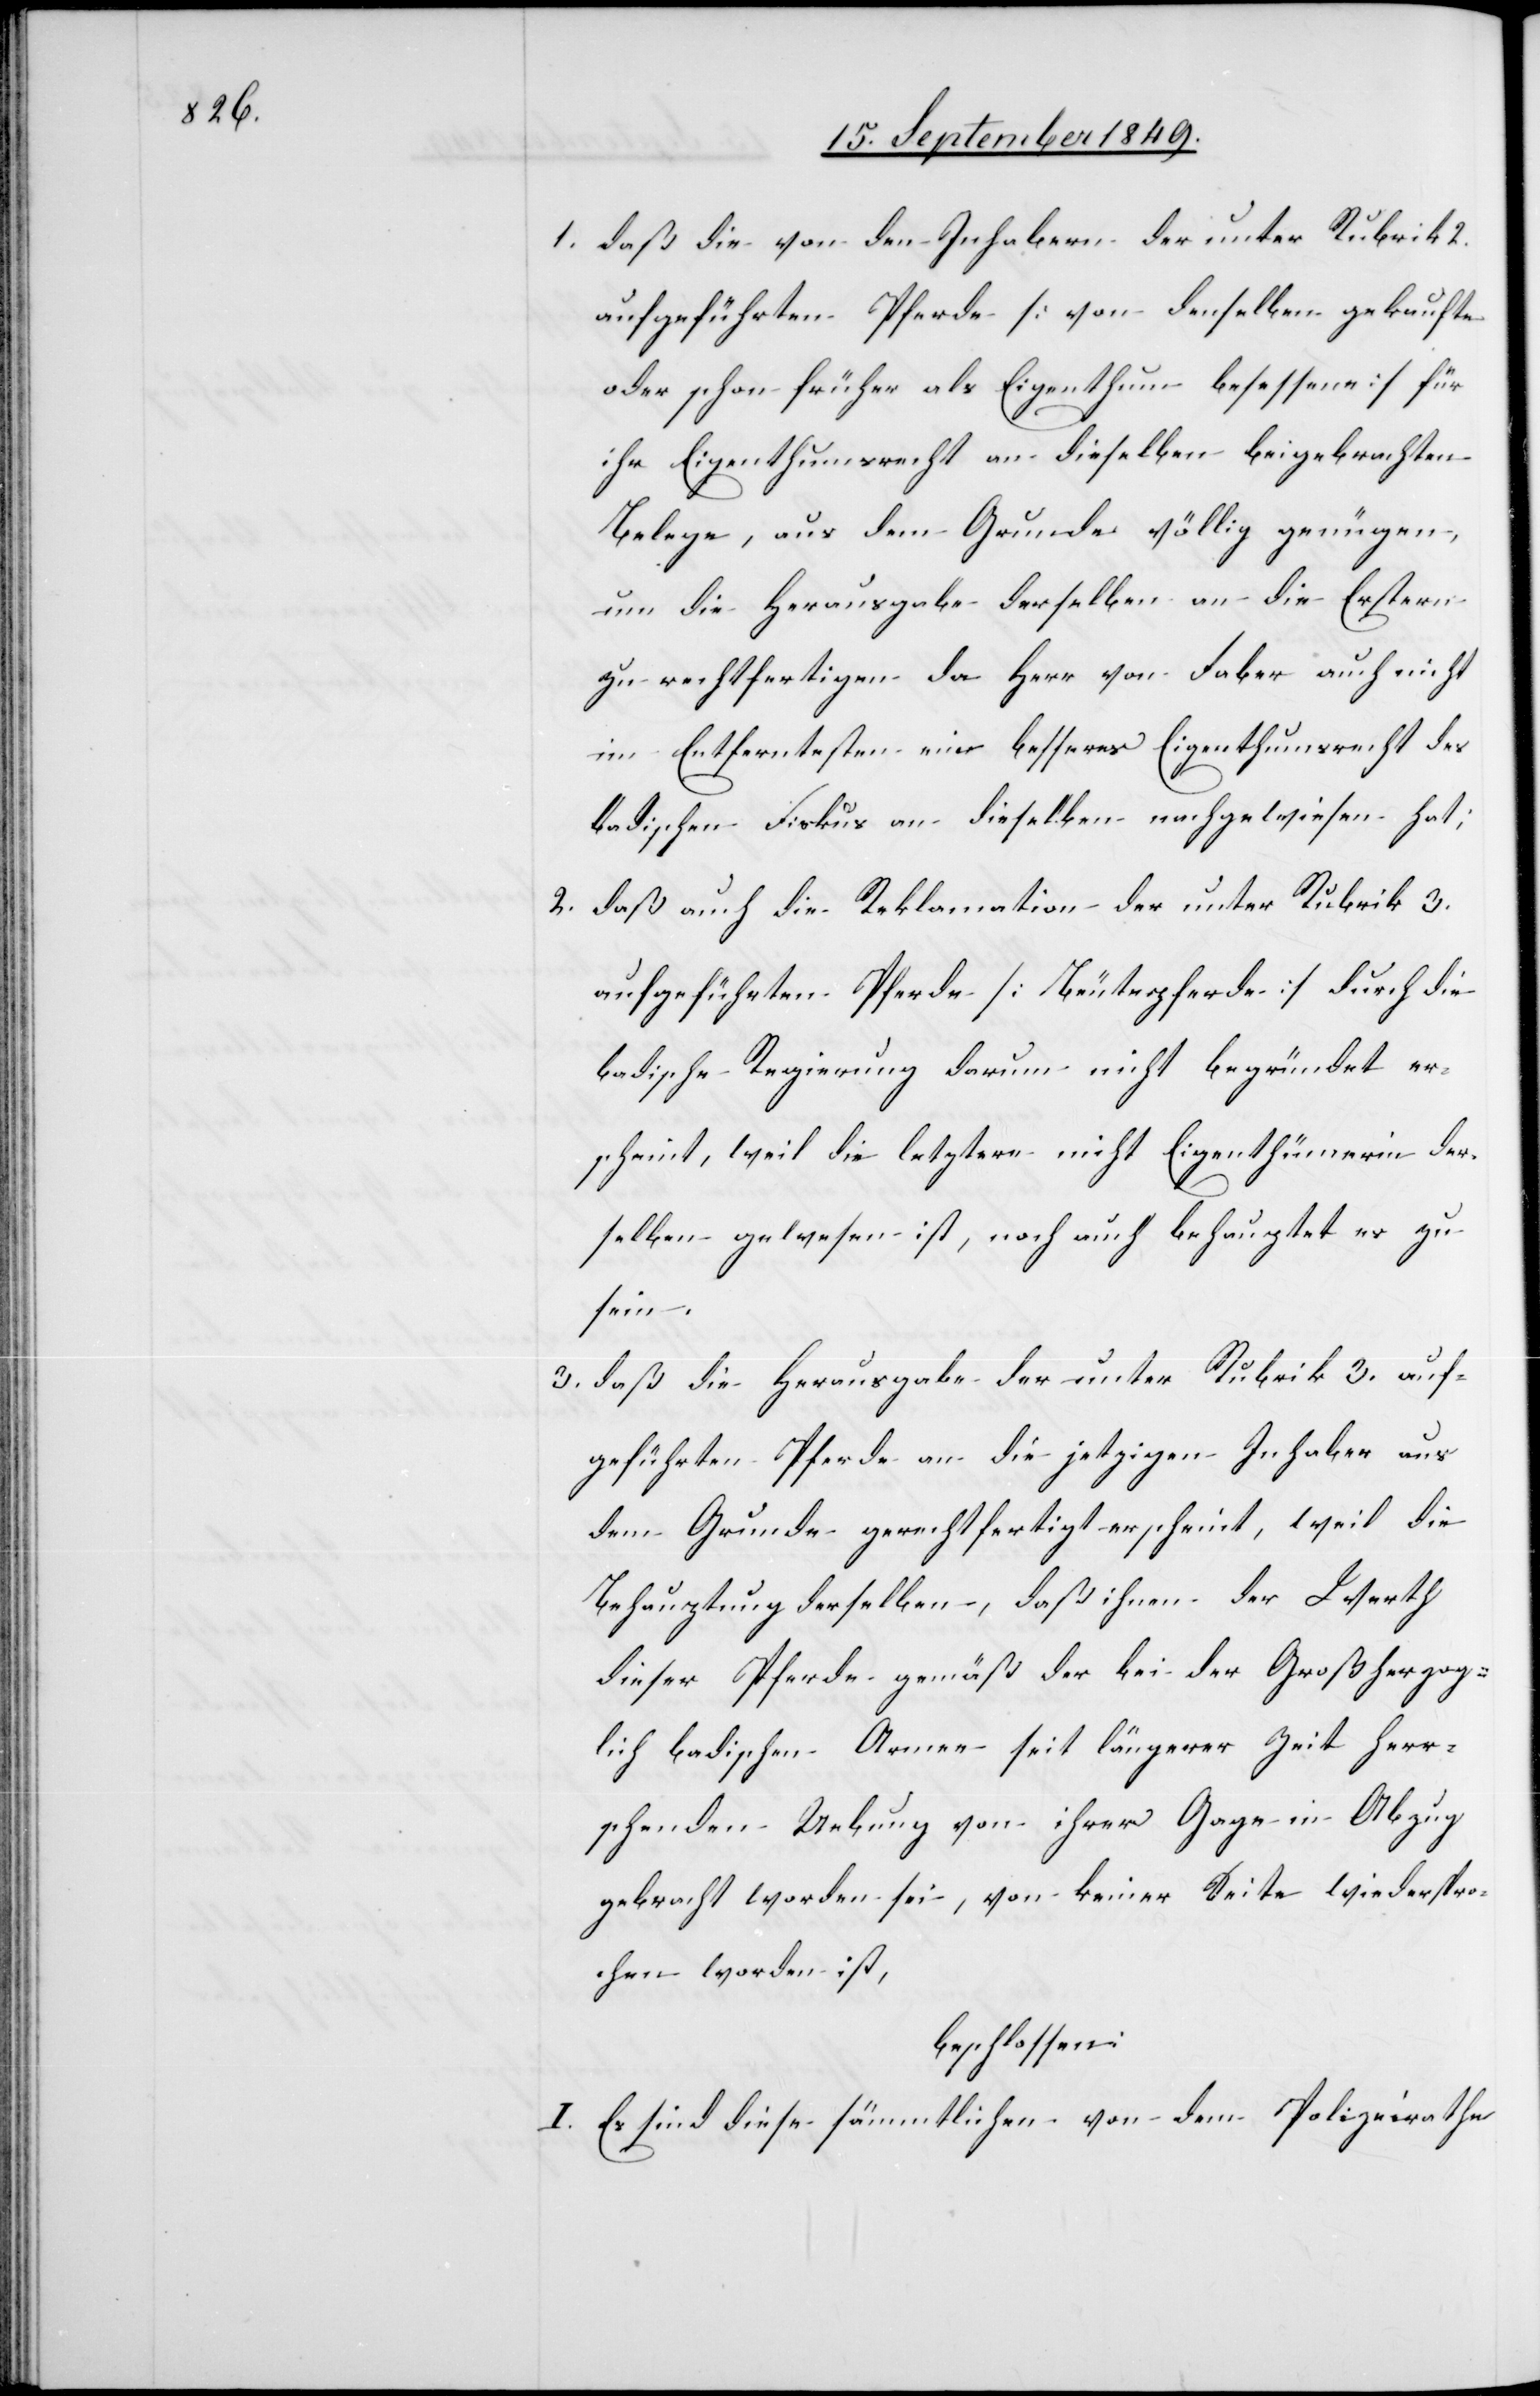
1. daß die von den Inhabern der unter Rubrik 2.
aufgeführten Pferde [von denselben gekauften
oder schon früher als Eigenthum besessene] für
ihr Eigenthumsrecht an dieselben beigebrachten
Belege, aus dem Grunde völlig genügen,
um die Herausgabe derselben an die Erstern
zu rechtfertigen da Herr von Faber auch nicht
im Entferntesten ein besseres Eigenthumsrecht des
badischen Fokus an dieselben nachgewiesen hat;
2. daß auch die Reklamation der unter Rubrik 3.
aufgeführten Pferde [Beutepferde] durch die
badische Regierung darum nicht begründet er¬
scheint, weil die letztere nicht Eigenthümerin der¬
selben gewesen ist, noch auch behauptet er zu
sein.
3. daß die Herausgabe der unter Rubrik 3. auf¬
geführten Pferde an die jetzigen Inhaber aus
dem Grunde gerechtfertigt erscheint, weil die
Behauptung derselben, daß ihnen der Werth
dieser Pferde gemäß der bei der Großherzog¬
lich badischen Armee seit längerer Zeit herr¬
schenden Uebung von ihrer Gage in Abzug
gebracht worden sei, von keiner Seite wiederspro¬
chen worden ist,
beschlossen:
I. Es sind diese sämmtlichen von dem Polizeirathe